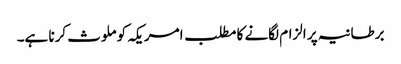
برطانیہ پر الزام لگانے کا مطلب امریکہ کو ملوث کرنا ہے۔